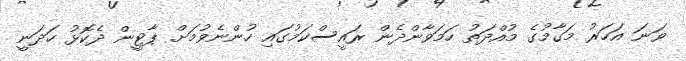
ވަނަ އަހަރު މަގާމުގެ މުއްދަތު ހަމަވާންދެން ރައީސްކަމުގައި ހުންނެވުމަށް ޕާޓީން ދެކޮޅު ހަދަނީ